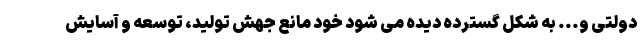
دولتی و... به شکل گسترده دیده می شود خود مانع جهش تولید، توسعه و آسایش